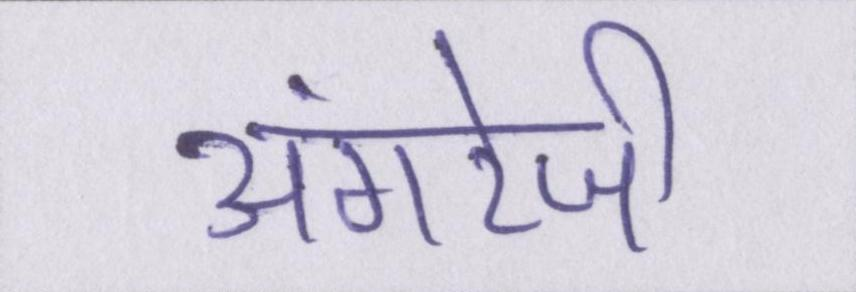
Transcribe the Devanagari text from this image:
अंगरेजी